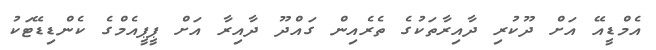
އެމްޑީއޭ އަށް ދޫކުރި ދާއިރާތަކުގެ ތެރެއިން ގައްދޫ ދާއިރާ އަށް ޕީޕީއެމްގެ ކެންޑިޑޭޓަކު